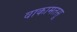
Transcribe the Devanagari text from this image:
वाकामतसू